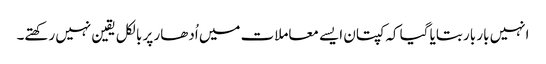
انہیں بار بار بتایا گیا کہ کپتان ایسے معاملات میں اُدھار پر بالکل یقین نہیں رکھتے۔